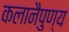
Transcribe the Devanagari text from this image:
कलानैपुण्य